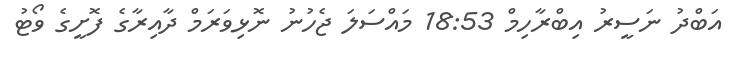
އަބްދު ނަސީރު އިބްރާހިމް 18:53 މައްސަލަ ޖެހުނު ނޮޅިވަރަމް ދާއިރާގެ ފޮށީގެ ވޯޓު